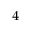
^ 4